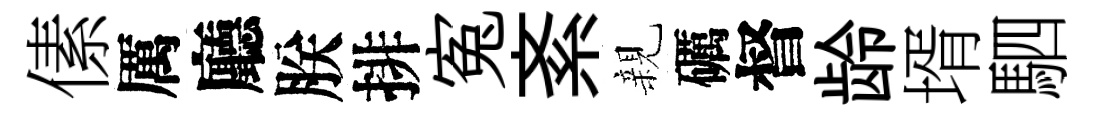
傃厲廳朕排寃紊親礪督龄壻駟